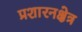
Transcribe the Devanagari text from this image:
प्रशारनक्षेत्र